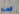
خصبة